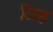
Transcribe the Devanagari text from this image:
लिझ